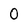
Character: O